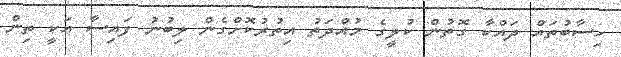
ހިސާބުތައް ދައްކާ ގޮތުން ކުލީގެ މުއްދަތު އިތުރުކޮށްގެން ލިބުނު ފައިސާ އަކީ ތިން